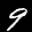
Label: 9